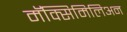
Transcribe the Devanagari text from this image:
मॅक्सिमिलिअन